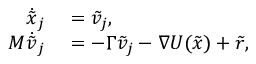
\begin{array} { r l } { \dot { \tilde { x } } _ { j } } & { { } = \tilde { v } _ { j } , } \\ { M \dot { \tilde { v } } _ { j } } & { { } = - \Gamma \tilde { v } _ { j } - \nabla U ( \tilde { x } ) + \tilde { r } , } \end{array}